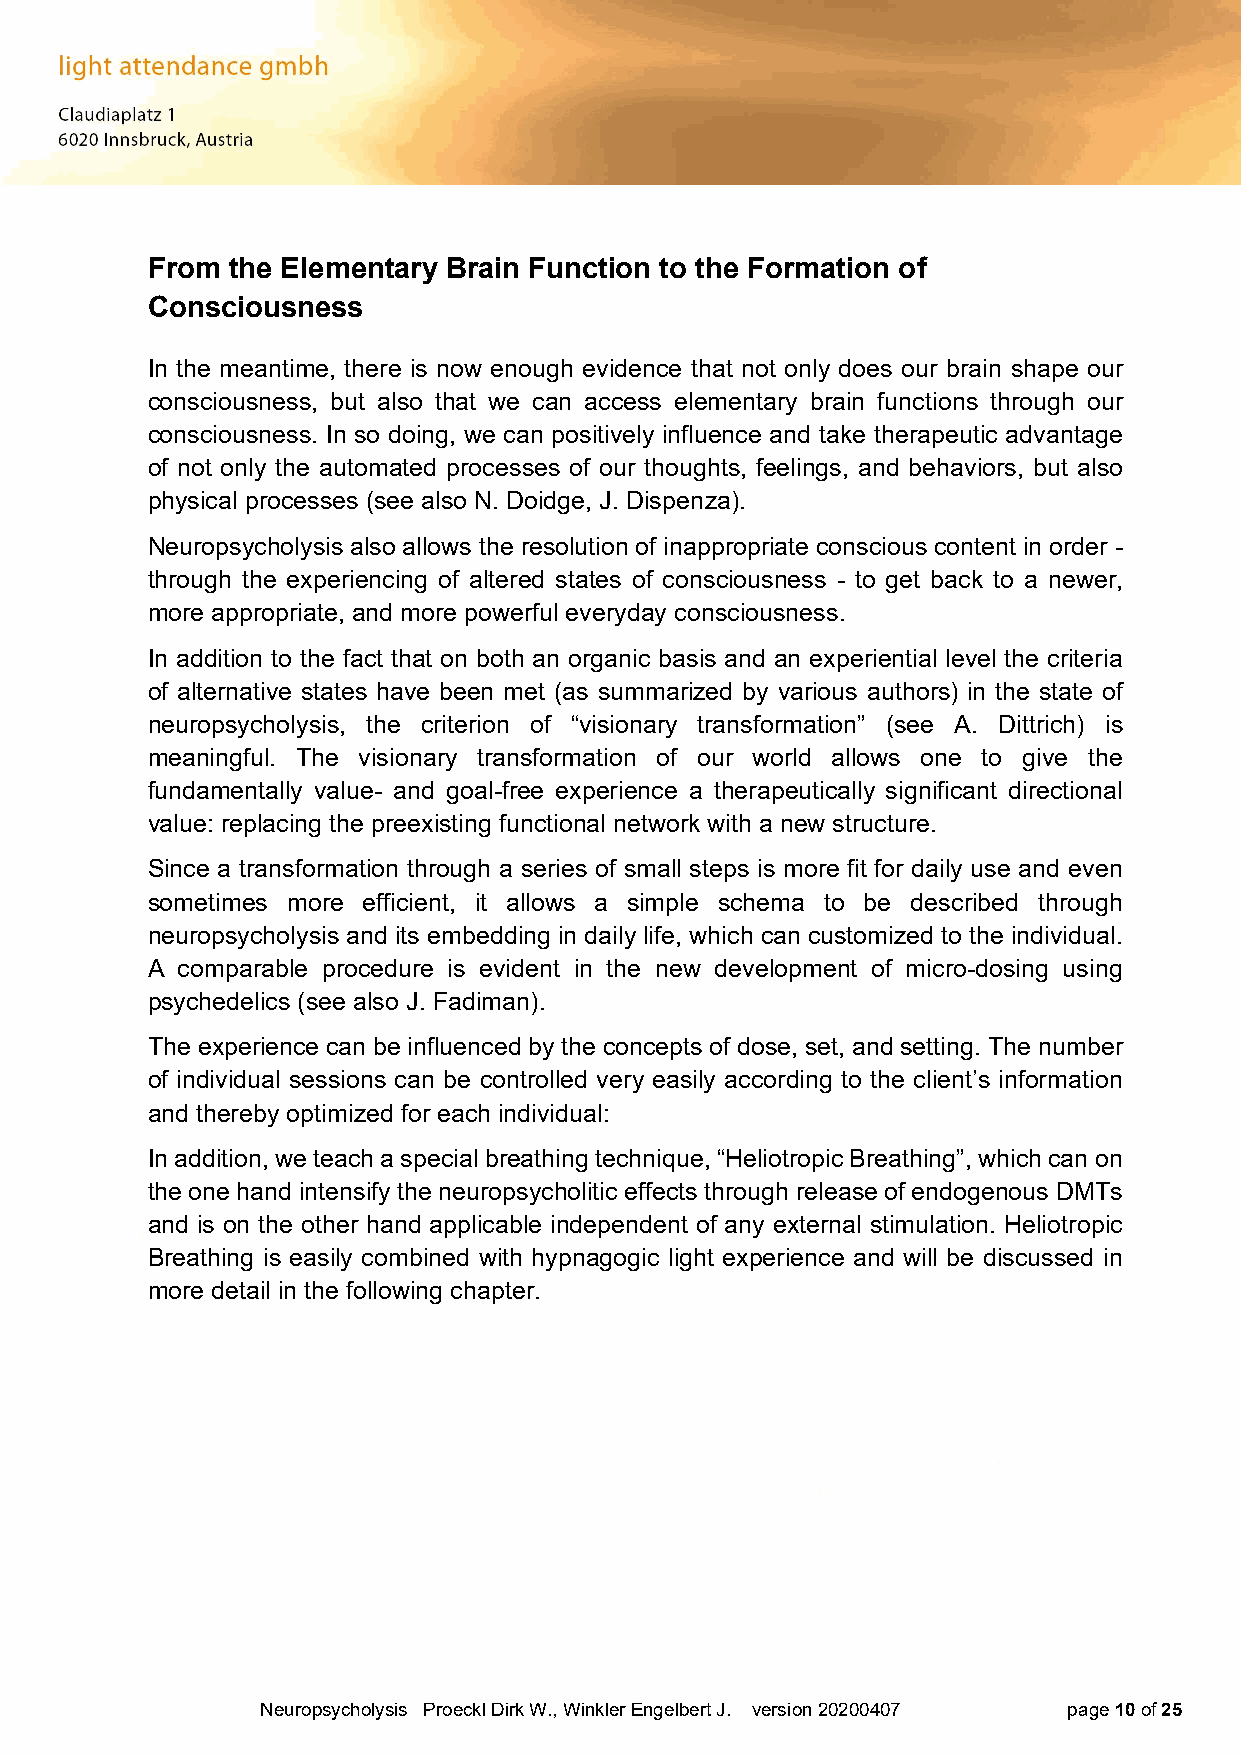
From the Elementary Brain Function to the Formation of
 Consciousness
 In the meantime, there is now enough evidence that not only does our brain shape our
 consciousness, but also that we can access elementary brain functions through our
 consciousness. In so doing, we can positively influence and take therapeutic advantage
 of not only the automated processes of our thoughts, feelings, and behaviors, but also
 physical processes (see also N. Doidge, J. Dispenza).
 Neuropsycholysis also allows the resolution of inappropriate conscious content in order -
 through the experiencing of altered states of consciousness - to get back to a newer,
 more appropriate, and more powerful everyday consciousness.
 In addition to the fact that on both an organic basis and an experiential level the criteria
 of alternative states have been met (as summarized by various authors) in the state of
 neuropsycholysis, the criterion of “visionary transformation” (see A. Dittrich) is
 meaningful. The visionary transformation of our world allows one to give the
 fundamentally value- and goal-free experience a therapeutically significant directional
 value: replacing the preexisting functional network with a new structure.
 Since a transformation through a series of small steps is more fit for daily use and even
 sometimes more efficient, it allows a simple schema to be described through
 neuropsycholysis and its embedding in daily life, which can customized to the individual.
 A comparable procedure is evident in the new development of micro-dosing using
 psychedelics (see also J. Fadiman).
 The experience can be influenced by the concepts of dose, set, and setting. The number
 of individual sessions can be controlled very easily according to the client’s information
 and thereby optimized for each individual:
 In addition, we teach a special breathing technique, “Heliotropic Breathing”, which can on
 the one hand intensify the neuropsycholitic effects through release of endogenous DMTs
 and is on the other hand applicable independent of any external stimulation. Heliotropic
 Breathing is easily combined with hypnagogic light experience and will be discussed in
 more detail in the following chapter.
 Neuropsycholysis Proeckl Dirk W., Winkler Engelbert J. version 20200407 page 10 of 25